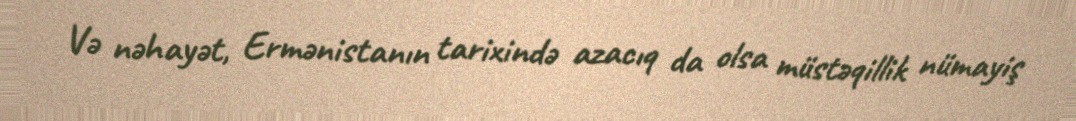
Və nəhayət, Ermənistanın tarixində azacıq da olsa müstəqillik nümayiş